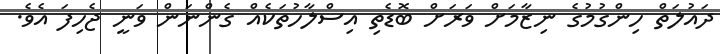
ދައުލަތް ހިންގުމުގެ ނިޒާމަށް ވަރަށް ބޮޑެތި އިސްލާހުތަކެއް ގެންނަން ވަނީ ޖެހިފަ އެވެ.